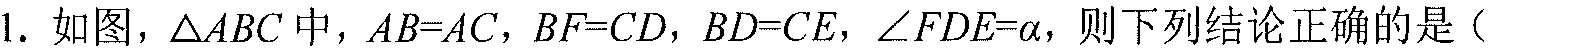
1. 如图，\(\triangle ABC\)中，\(AB = AC\)，\(BF = CD\)，\(BD = CE\)，\(\angle FDE=\alpha\)，则下列结论正确的是（